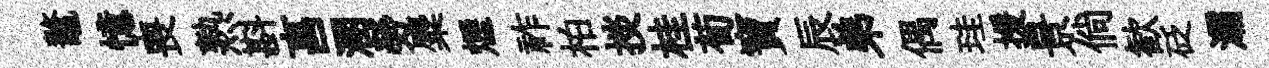
鼇憶喪熟斟亯溷勞麋煙祚柏掞桂荀寶辰弟偶珪援景倘歓砭灞